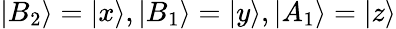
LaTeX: |B_{2}\rangle=|x\rangle,|B_{1}\rangle=|y\rangle,|A_{1}\rangle=|z\rangle